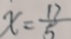
x = \frac { 1 3 } { 5 }